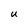
Character: U